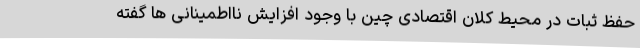
حفظ ثبات در محیط کلان اقتصادی چین با وجود افزایش نااطمینانی ها گفته